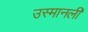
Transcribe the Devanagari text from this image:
उस्मानली